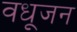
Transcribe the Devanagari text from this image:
वधूजन